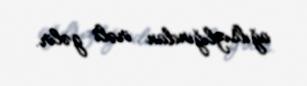
ağılsızlığından irəli gəlir.